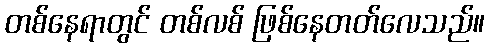
တစ်နေရာတွင် တစ်လစ် ဖြစ်နေတတ်လေသည်။